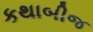
કથાબીજ